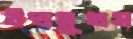
উন্ডসুখস